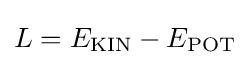
L=E_{\mathrm {KIN} }-E_{\mathrm {POT} }